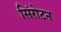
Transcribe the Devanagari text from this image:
सिंरोटन